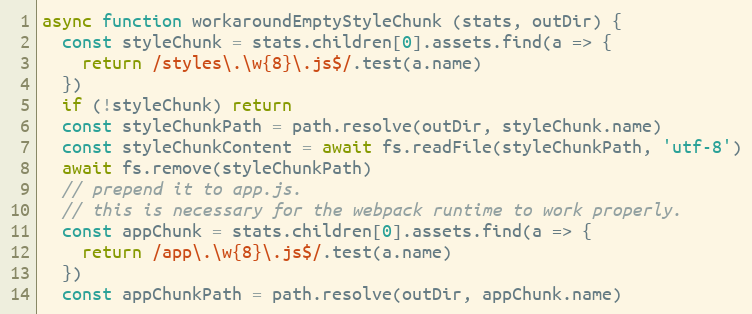
Language: JavaScript
async function workaroundEmptyStyleChunk (stats, outDir) {
  const styleChunk = stats.children[0].assets.find(a => {
    return /styles\.\w{8}\.js$/.test(a.name)
  })
  if (!styleChunk) return
  const styleChunkPath = path.resolve(outDir, styleChunk.name)
  const styleChunkContent = await fs.readFile(styleChunkPath, 'utf-8')
  await fs.remove(styleChunkPath)
  // prepend it to app.js.
  // this is necessary for the webpack runtime to work properly.
  const appChunk = stats.children[0].assets.find(a => {
    return /app\.\w{8}\.js$/.test(a.name)
  })
  const appChunkPath = path.resolve(outDir, appChunk.name)